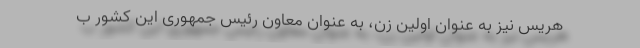
هریس نیز به عنوان اولین زن، به عنوان معاون رئیس جمهوری این کشور ب